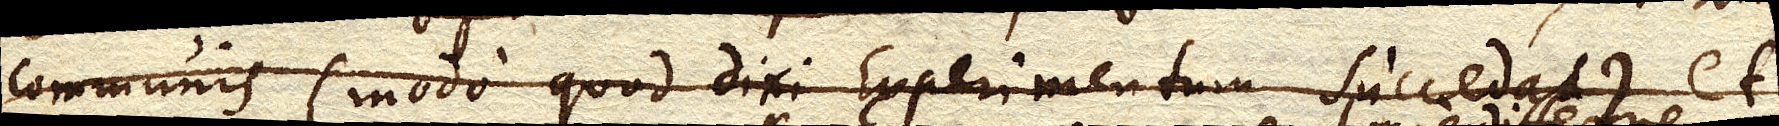
communis (modo quod dixi Experimentum succedat) et